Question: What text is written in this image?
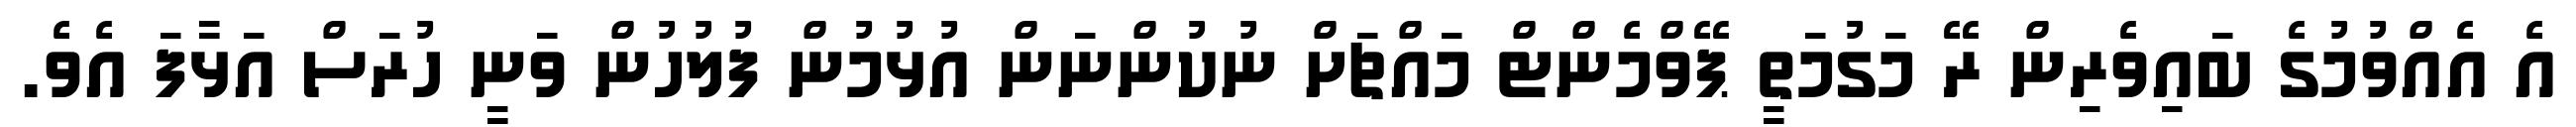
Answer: އެ އެއްވުމުގެ ބައިވެރިން ރޭ މަގުމަތީ ޕޭވްމެންޓް މައްޗަށް ނުކުންނަން އުޅުމުން ފުލުހުން ވަނީ ހުރަސް އަޅާފަ އެވެ.